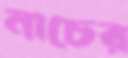
নাচের